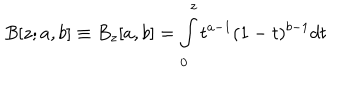
B [ z ; a , b ] \equiv B _ { z } [ a , b ] = \int _ { 0 } ^ { z } t ^ { a - 1 } ( 1 - t ) ^ { b - 1 } d t